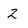
Character: 2